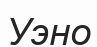
Уэно